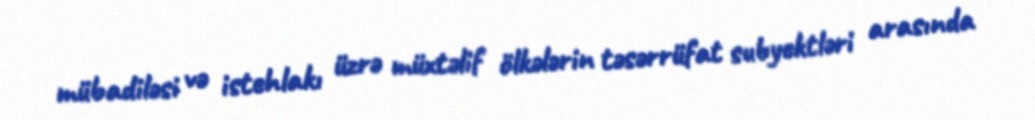
mübadiləsi və istehlakı üzrə müxtəlif ölkələrin təsərrüfat subyektləri arasında